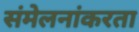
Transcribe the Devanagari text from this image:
संमेलनांकरता